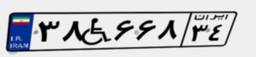
۳۸W۶۶۸۳۴